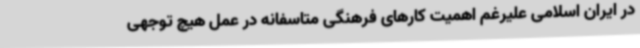
در ایران اسلامی علیرغم اهمیت کارهای فرهنگی متاسفانه در عمل هیچ توجهی